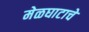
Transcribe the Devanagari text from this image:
मेळघाटाचे